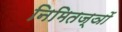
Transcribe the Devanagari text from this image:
निमितज्ञों